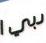
دبي